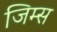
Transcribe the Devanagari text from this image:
जिम्स